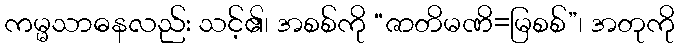
ကမ္မသာဓနလည်း သင့်၏၊ အစစ်ကို “ဇာတိမဏိ=မြစစ်”၊ အတုကို